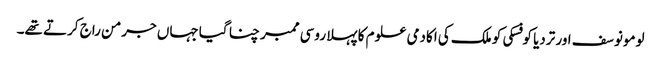
لومونوسف اور تردیا کوفسکی کو ملک کی اکادمی علوم کا پہلا روسی ممبر چنا گیا جہاں جرمن راج کرتے تھے۔